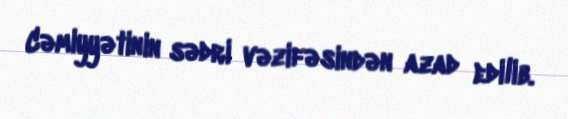
Cəmiyyətinin sədri vəzifəsindən azad edilib.